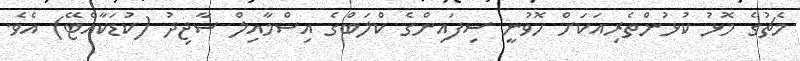
މެޗުގެ މޮޅު ކުޅުންތެރިއަކަށް ހޮވުނީ ސިފައިންގެ ކްލަބްގެ އިސްމާއިލް ސާޖިދު (ކުޑަކާއްޓޭ) އެވެ.